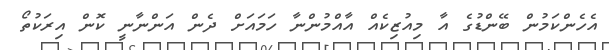
އެހެންކަމުން ބޭންޑުގެ އާ މިއުޒިކެއް އާއްމުންނާ ހަމައަށް ދެން އަންނާނީ ކޮން އިރަކުތޯ